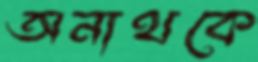
অনাথকে